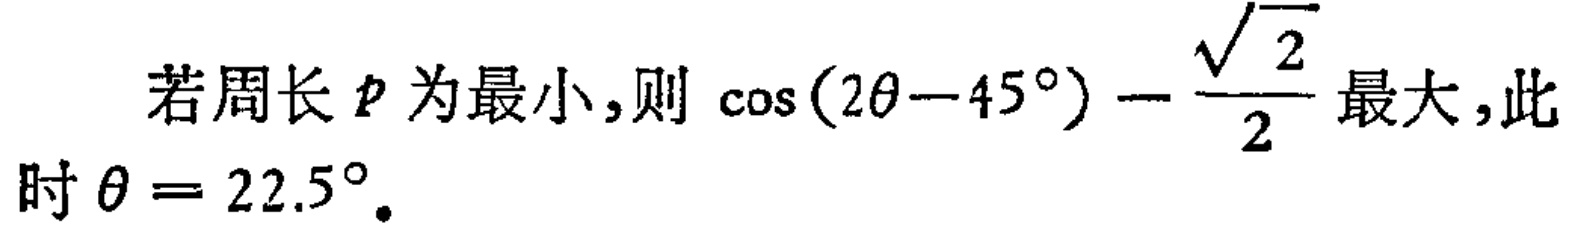
若周长$p$为最小,则$\cos(2\theta - 45^{\circ})-\frac{\sqrt{2}}{2}$最大,此时$\theta = 22.5^{\circ}$。